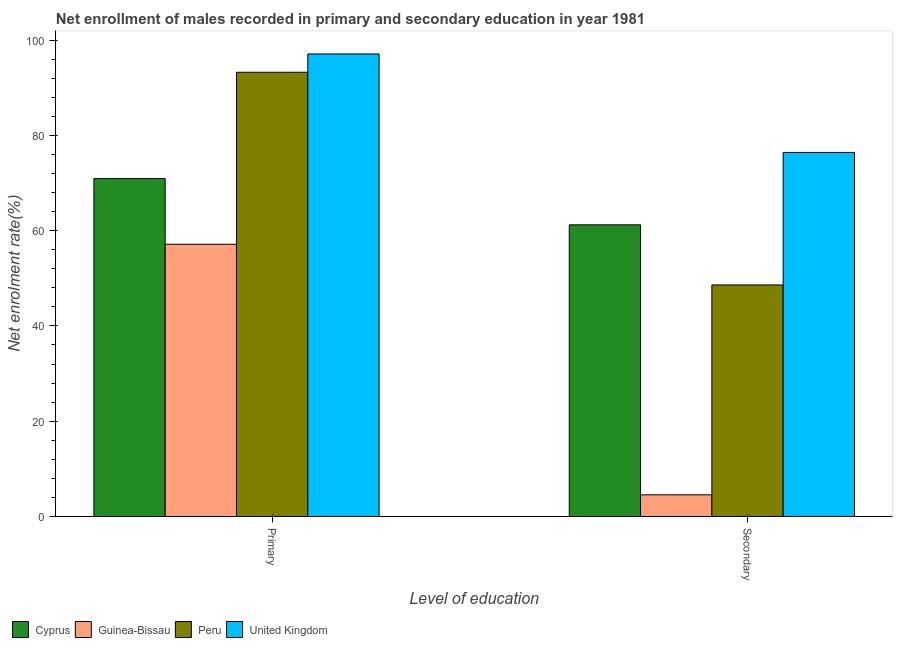
| Level of education | Cyprus | Guinea-Bissau | Peru | United Kingdom |
 | --- | --- | --- | --- | --- |
 | Primary | 70.9 | 57.1 | 93.2 | 97.1 |
 | Secondary | 61.2 | 4.55 | 48.6 | 76.4 |